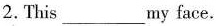
2.This___my face.